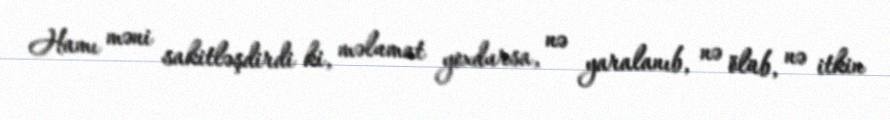
Hamı məni sakitləşdirdi ki, məlumat yoxdursa, nə yaralanıb, nə ölüb, nə itkin